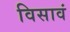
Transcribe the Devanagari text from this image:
विसावं